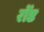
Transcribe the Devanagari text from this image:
रोंड